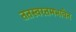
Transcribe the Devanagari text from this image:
ततस्वरतमभावेन